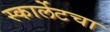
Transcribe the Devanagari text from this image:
स्कार्लेटचा